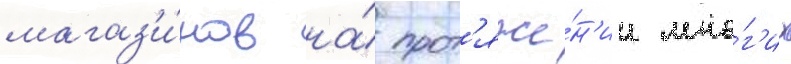
магаз'и́нов на́ прот'яже́н'ии мно́г'их